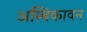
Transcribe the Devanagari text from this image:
अम्बिकावन